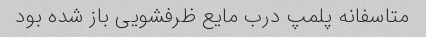
متاسفانه پلمپ درب مایع ظرفشویی باز شده بود